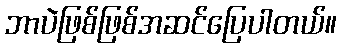
ဘာပဲဖြစ်ဖြစ်အဆင်ပြေပါတယ်။